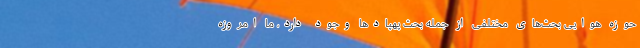
حوزه هوایی بحث‌های مختلفی از جمله بحث پهپادها وجود دارد، ما امروزه